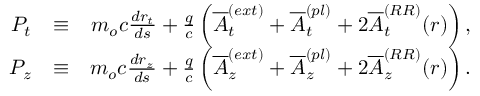
\begin{array} { r l r } { P _ { t } } & { \equiv } & { m _ { o } c \frac { d r _ { t } } { d s } + \frac { q } { c } \left( \overline { { A } } _ { t } ^ { ( e x t ) } + \overline { { A } } _ { t } ^ { ( p l ) } + 2 \overline { { A } } _ { t } ^ { ( R R ) } ( r ) \right) , } \\ { P _ { z } } & { \equiv } & { m _ { o } c \frac { d r _ { z } } { d s } + \frac { q } { c } \left( \overline { { A } } _ { z } ^ { ( e x t ) } + \overline { { A } } _ { z } ^ { ( p l ) } + 2 \overline { { A } } _ { z } ^ { ( R R ) } ( r ) \right) . } \end{array}